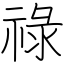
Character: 祿